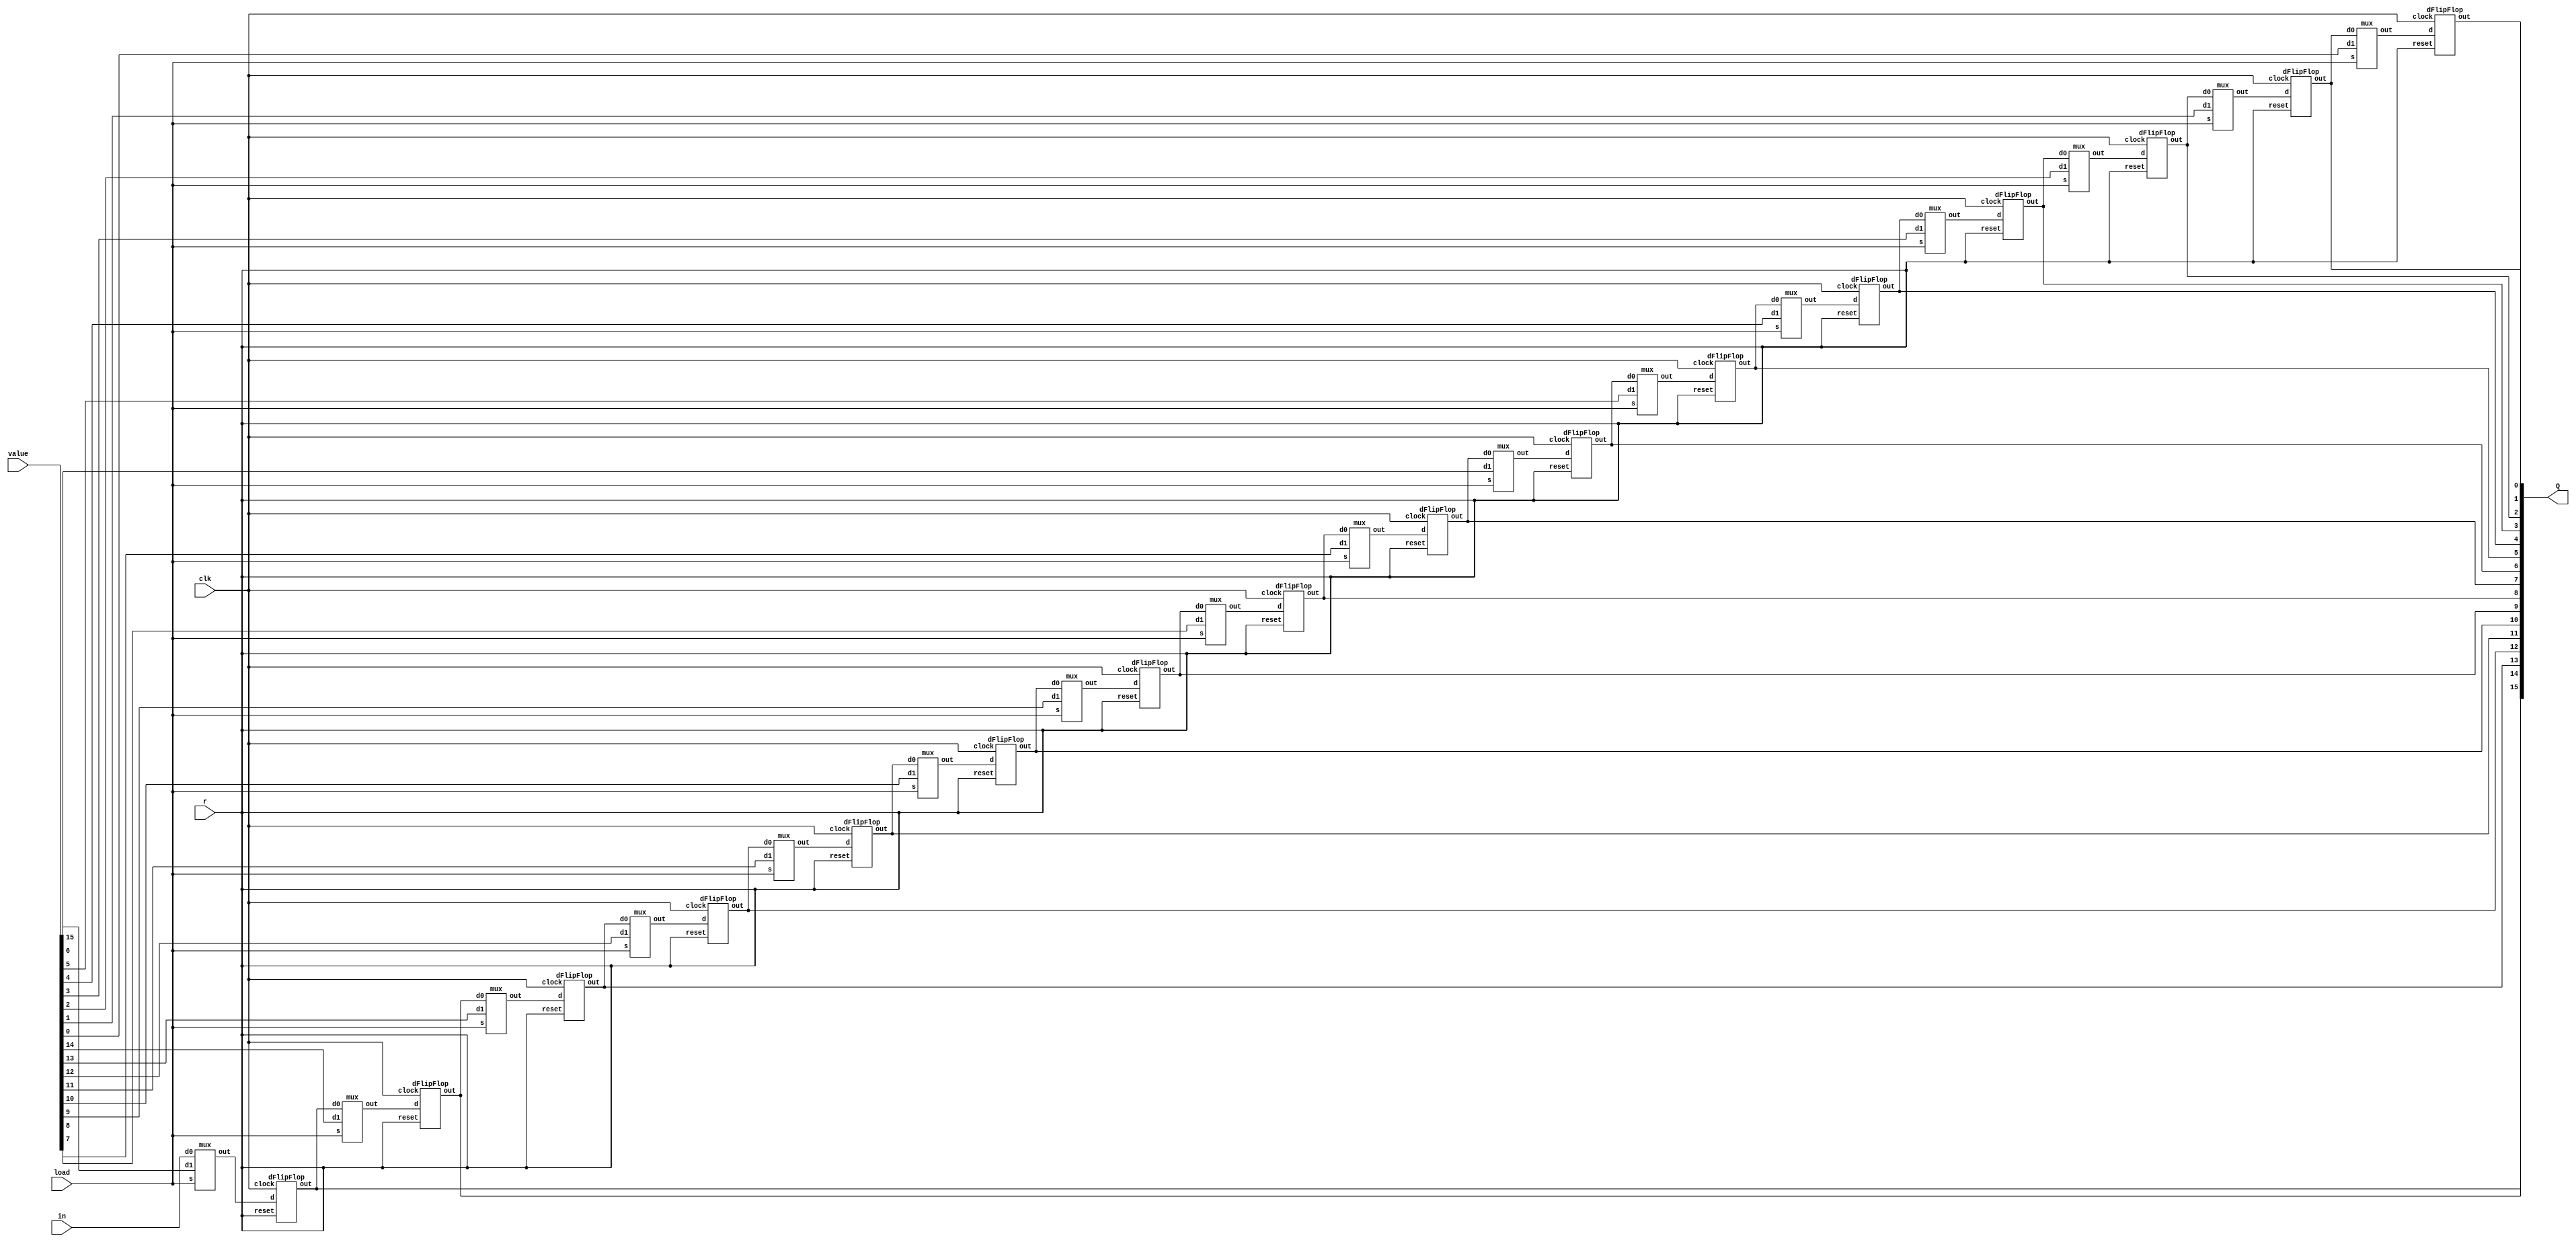
module shiftRegister_16b(input [15:0] value, input in, load, clk,r,output [15:0] Q);
    wire [15:0]d;
    wire q0;
    /*wire clk;
    or (clk,clock,load);
    *///--------- MULTIPLEXORES PARA LA CARGA DE DATO ------
    mux m1(value[15],in,load,d[15]);
    mux m2(value[14],Q[15],load,d[14]);
    mux m3(value[13],Q[14],load,d[13]);
    mux m4(value[12],Q[13],load,d[12]);
    mux m5(value[11],Q[12],load,d[11]);
    mux m6(value[10],Q[11],load,d[10]);
    mux m7(value[9],Q[10],load,d[9]);
    mux m8(value[8],Q[9],load,d[8]);
    mux m9(value[7],Q[8],load,d[7]);
    mux m10(value[6],Q[7],load,d[6]);
    mux m11(value[5],Q[6],load,d[5]);
    mux m12(value[4],Q[5],load,d[4]);
    mux m13(value[3],Q[4],load,d[3]);
    mux m14(value[2],Q[3],load,d[2]);
    mux m15(value[1],Q[2],load,d[1]);
    mux m16(value[0],Q[1],load,d[0]);
    //mux m17(value[0],q0,load,Q[0]);
    //mux m17()
    //--------- FLIP FLOPS D -----------------------------
    dFlipFlop ff1(d[15],clk,r,Q[15]);
    dFlipFlop ff2(d[14],clk,r,Q[14]);
    dFlipFlop ff3(d[13],clk,r,Q[13]);
    dFlipFlop ff4(d[12],clk,r,Q[12]);
    dFlipFlop ff5(d[11],clk,r,Q[11]);
    dFlipFlop ff6(d[10],clk,r,Q[10]);
    dFlipFlop ff7(d[9],clk,r,Q[9]);
    dFlipFlop ff8(d[8],clk,r,Q[8]);
    dFlipFlop ff9(d[7],clk,r,Q[7]);
    dFlipFlop ff10(d[6],clk,r,Q[6]);
    dFlipFlop ff11(d[5],clk,r,Q[5]);
    dFlipFlop ff12(d[4],clk,r,Q[4]);
    dFlipFlop ff13(d[3],clk,r,Q[3]);
    dFlipFlop ff14(d[2],clk,r,Q[2]);
    dFlipFlop ff15(d[1],clk,r,Q[1]);
    dFlipFlop ff16(d[0],clk,r,Q[0]);
endmodule

module mux(input d1,d0,s, output out);

       wire [3:0] w;
       not (w[0],s);

       and (w[1],d0,w[0]);
       and (w[2],d1,s);

       or (out,w[1],w[2]);
endmodule


module dFlipFlop(input d, clock,reset,output out);

    wire[4:0] n;
    not (r,reset);
    not (clk,clock);
    //-------- LATCH SR 1 -----
    nand (n[0],n[3],n[1]);
    nand (n[1],clk,n[0],r);
    //------- LATCH SR 2 -------
    nand (n[2],n[1],clk,n[3]);
    nand (n[3],d,n[2],r);
    //------- LATCH SR 3 -------
    nand (out,n[1],n[4]);
    nand (n[4],n[2],out,r);

endmodule

/*module dFlipFlop(input d, clk,r,output out);

    wire[4:0] n;

    //-------- LATCH SR 1 -----
    nand (n[0],n[3],n[1]);
    nand (n[1],clk,n[0],r);
    //------- LATCH SR 2 -------
    nand (n[2],n[1],clk,n[3]);
    nand (n[3],d,n[2],r);
    //------- LATCH SR 3 -------
    nand (out,n[1],n[4]);
    nand (n[4],n[2],out,r);

endmodule
*/



// module shift(input [3:0] value, input in, load, clk, output [3:0] Q);
//     wire [3:0]d;
//     /*wire clk;
//     or (clk,clock,load);
//     *///--------- MULTIPLEXORES PARA LA CARGA DE DATO ------
//     mux m1(value[3],in,load,d[3]);
//     mux m2(value[2],Q[3],load,d[2]);
//     mux m3(value[1],Q[2],load,d[1]);
//     mux m4(value[0],Q[1],load,d[0]);
//     //--------- FLIP FLOPS D -----------------------------
//     dFlipFlop ff1(d[3]  ,clk,Q[3]);
//     dFlipFlop ff2(d[2],clk,Q[2]);
//     dFlipFlop ff3(d[1],clk,Q[1]);
//     dFlipFlop ff4(d[0],clk,Q[0]);
// endmodule